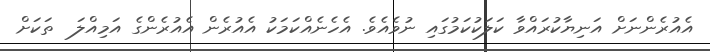
އެއުރެންނަށް އަނިޔާކުރައްވާ ކަލަކުކަމުގައި ނުވެއެވެ. އެހެނެއްކަމަކު އެއުރެން އެއުރެންގެ އަމިއްލަ  ތަކަށް